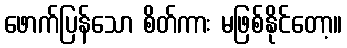
ဖောက်ပြန်သော စိတ်ကား မဖြစ်နိုင်တော့။